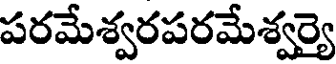
పరమేశ్వరపరమేశ్వర్యై